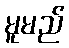
မူမည်